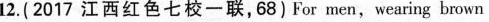
12.(2017 江西红色七校一联,68)For men,wearing brown